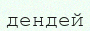
дендей